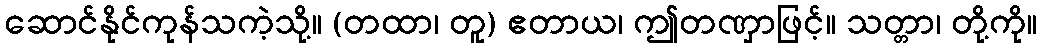
ဆောင်နိုင်ကုန်သကဲ့သို့။ (တထာ၊ တူ) ဧတာယ၊ ဤတဏှာဖြင့်။ သတ္တာ၊ တို့ကို။